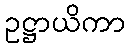
ဥဋ္ဌာယိကာ